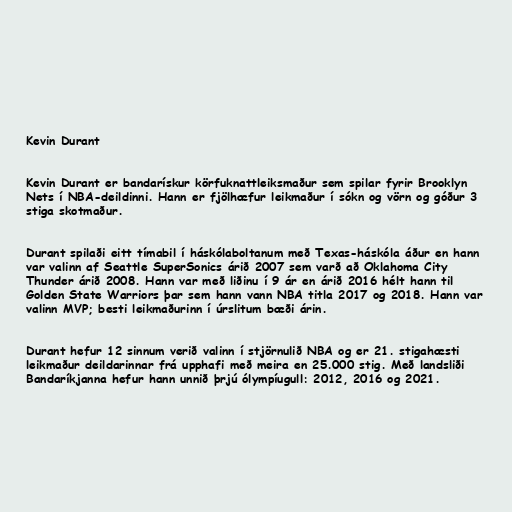
Kevin Durant

Kevin Durant er bandarískur körfuknattleiksmaður sem spilar fyrir Brooklyn
Nets í NBA-deildinni. Hann er fjölhæfur leikmaður í sókn og vörn og góður 3
stiga skotmaður.

Durant spilaði eitt tímabil í háskólaboltanum með Texas-háskóla áður en hann
var valinn af Seattle SuperSonics árið 2007 sem varð að Oklahoma City
Thunder árið 2008. Hann var með liðinu í 9 ár en árið 2016 hélt hann til
Golden State Warriors þar sem hann vann NBA titla 2017 og 2018. Hann var
valinn MVP; besti leikmaðurinn í úrslitum bæði árin.

Durant hefur 12 sinnum verið valinn í stjörnulið NBA og er 21. stigahæsti
leikmaður deildarinnar frá upphafi með meira en 25.000 stig. Með landsliði
Bandaríkjanna hefur hann unnið þrjú ólympíugull: 2012, 2016 og 2021.